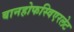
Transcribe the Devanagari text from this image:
बानहोफस्विएरलेट